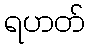
ရဟတ်